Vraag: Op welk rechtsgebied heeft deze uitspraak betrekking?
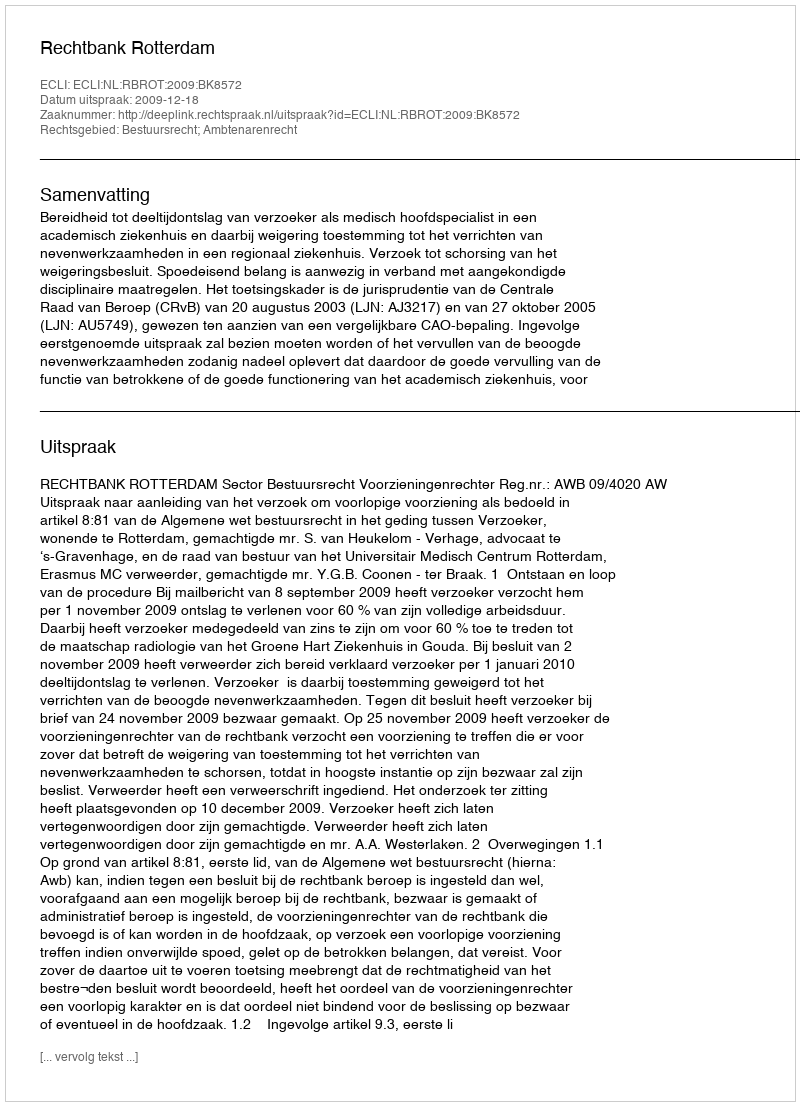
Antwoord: Bestuursrecht; Ambtenarenrecht